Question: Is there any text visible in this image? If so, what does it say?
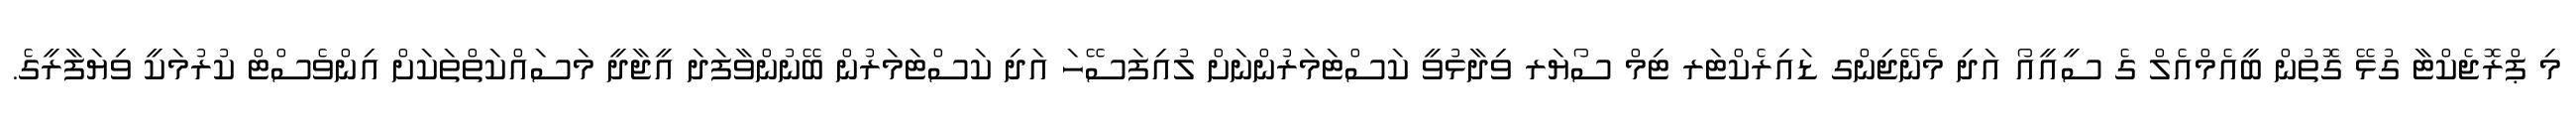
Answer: މި ޕްރޮޖެކްޓާ ގުޅޭ ގޮތުން ބީއެމްއެލް ގެ ސީއީއޯ އަދި މެނޭޖިންގ ޑައިރެކްޓަރ ޓިމް ސޯޔަރ ވިދާޅުވީ ކަސްޓަމަރުންނަށް ލުއިފަސޭހަ އަދި ކަސްޓަމަރުން ބޭނުންވާފަދަ އީޖާދީ މަސައްކަތްތަކަށް އިންވެސްޓް ކުރުމަކީ ވިޔަފާރީގެ.